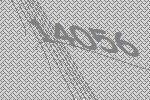
14056